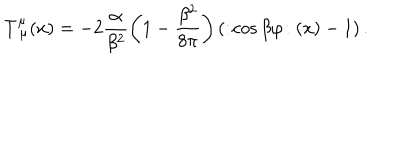
T _ { ~ \mu } ^ { \mu } ( x ) = - 2 \frac { \alpha } { \beta ^ { 2 } } \left( 1 - \frac { \beta ^ { 2 } } { 8 \pi } \right) \left( : \! \cos \beta \varphi \! : ( x ) - 1 \right) .